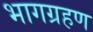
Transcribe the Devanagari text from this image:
भागग्रहण